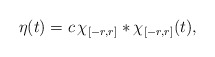
\begin{align*} \eta(t)=c\,\chi_{[-r,r]}\ast\chi_{[-r,r]}(t),\end{align*}